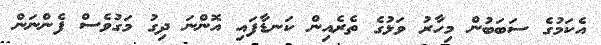
އެކަމުގެ ސަބަބުން މިހާރު ވަޅުގެ ތެރެއިން ކަނޑާފައި އޮންނަ ދިގު މަގުވެސް ފެންނަން